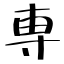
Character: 専